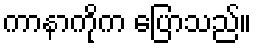
ကာနာကိုက ပြောသည်။